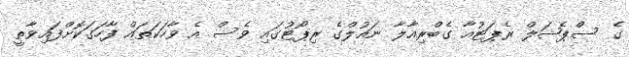
ގެ ސްޕެޝަލް ރެޕަޓުއާ ގެބްރިއާލާ ނައުލްގެ ރިޕޯޓުގައި ވެސް އެ ވާހަކަތައް ފާހަގަކޮށްފައިވާތީ